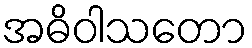
အဓိဝါသတော